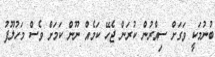
ބުނުމަކީ ވަގަށް ސިއްރުން ކުރަން ޖެހޭ ކަމެއް ނޫން ކަމަށް ވެސް މަހުލޫފު